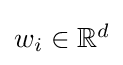
\textstyle w_{i}\in \mathbb {R} ^{d}